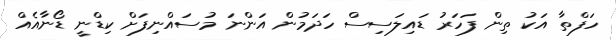
ހަފްތާ އަކު ތިން ފަހަރު ޑައިލަސިސް ހަދަމުން އަންނަ މުސައްނިފަށް ކިޑްނީ ޑޯނާއެއް